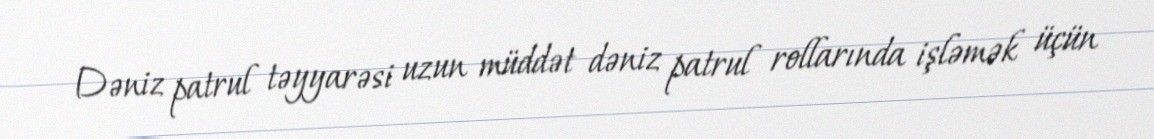
Dəniz patrul təyyarəsi uzun müddət dəniz patrul rollarında işləmək üçün